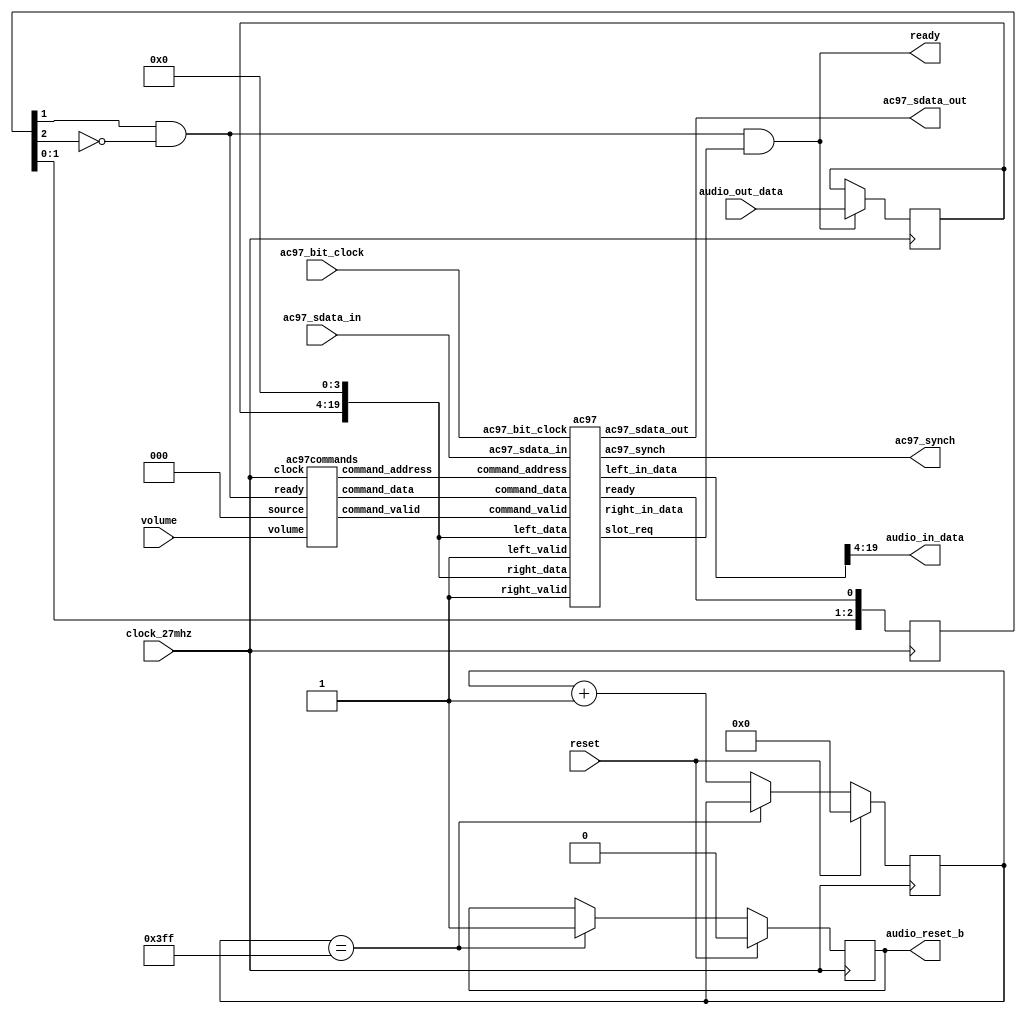
`timescale 1ns / 1ps
//////////////////////////////////////////////////////////////////////////////////
// Company:        6.111
// 
// Design Name:    AC97-PCM Interface
// Module Name:    AC97_PCM 
// Project Name:   6.111 Final Project
// Target Devices: Xilinx XC2V6000
// Tool versions:  
// Description:    An interface between the LM4550 AC '97 Audio Codec and the 
//                 48kHz PCM data stream that: 
//                 1) Assembles PCM audio output into LM4550 sdata_out frames
//                 2) Disassembles LM4550 sdata_in frames into PCM audio input
//                 3) Manages all LM4550 control signals (including headphone 
//                    volume)
//
//                 Ready (a one-clock pulse) times I/O of the PCM stream. On the 
//                 rising edge of ready, audio input is avaiable. On the falling
//                 edge of ready, audio output is latched.
//
//                 The PCM stream bit depth is 16 and sampling rate is 8kHz.
//
// Dependencies: 
//
// Revision: 
// Revision 0.01 - File Created
// Additional Comments: 
//                 Audio input will be held for at least 128 AC97 bit clocks
//                 (around 280 27MHz clocks w/ AC97 bit clock @ 12.288MHz).
//
//////////////////////////////////////////////////////////////////////////////////
module AC97_PCM(
	input wire clock_27mhz,
	input wire reset,
	input wire [4:0] volume,
	// PCM interface signals
	output wire [15:0] audio_in_data,
	input wire [15:0] audio_out_data,
	output wire ready,
	// LM4550 interface signals
	output reg audio_reset_b,
	output wire ac97_sdata_out,
	input wire ac97_sdata_in,
	output wire ac97_synch,
	input wire ac97_bit_clock
	);

	wire [7:0] command_address;
	wire [15:0] command_data;
	wire command_valid;
	wire [19:0] left_in_data, right_in_data;
	wire [19:0] left_out_data, right_out_data;

   // Wait 1024 clock cycles before enabling the LM4550
	reg [9:0] reset_count;
	always @(posedge clock_27mhz) begin
		if (reset) begin
			audio_reset_b = 1'b0;
			reset_count = 0;
		end 
		else if (reset_count == 1023)
			audio_reset_b = 1'b1;
		else
			reset_count = reset_count+1;
	end

	// Assemble/Disassemble serial frames for LM4550
	wire ac97_ready;
	wire slot_req;    // slot request for Variable Rate Audio (VRA)
	ac97 ac97(.ready(ac97_ready),
             .command_address(command_address),
             .command_data(command_data),
             .command_valid(command_valid),
             .left_data(left_out_data), .left_valid(1'b1),
             .right_data(right_out_data), .right_valid(1'b1),
             .left_in_data(left_in_data), .right_in_data(right_in_data),
				 .slot_req(slot_req),
             .ac97_sdata_out(ac97_sdata_out),
             .ac97_sdata_in(ac97_sdata_in),
             .ac97_synch(ac97_synch),
             .ac97_bit_clock(ac97_bit_clock));

	// Generate int_ready (one-clock pulse, synchronous with clock_27mhz)
	// from ac97_ready (long pulse, synchronouse with ac97_bit_clock)
	reg [2:0] ready_sync;
	wire int_ready;
	always @ (posedge clock_27mhz) 
		ready_sync <= {ready_sync[1:0], ac97_ready};
	assign int_ready = ready_sync[1] & ~ready_sync[2];
	
	// Generate ready signal taking into account LM4550 slot requests
	assign ready = int_ready & slot_req;

	// Latch audio output on falling edge of ready
	reg [15:0] out_data;
	always @ (posedge clock_27mhz)
		if (ready) out_data <= audio_out_data;
	
	// Assign audio input (16 bits)
	assign audio_in_data = left_in_data[19:4];
	
	// Assign LM4550 L/R output data signals
	assign left_out_data = {out_data, 4'h0};
	assign right_out_data = left_out_data;

   // Generate R/W control signals for LM4550
	ac97commands cmds(.clock(clock_27mhz), .ready(int_ready),
                     .command_address(command_address),
                     .command_data(command_data),
                     .command_valid(command_valid),
                     .volume(volume),
                     .source(3'b000));     // mic
endmodule

// Assemble/Disassemble serial frames for LM4550
module ac97 (
	output reg ready,
	// Commmand signals
	input wire [7:0] command_address,
	input wire [15:0] command_data,
	input wire command_valid,
	// L/R data output signals
	input wire [19:0] left_data, right_data,
	input wire left_valid, right_valid,
	// L/R data input signals
	output reg [19:0] left_in_data, right_in_data,
	output reg slot_req,
	// LM4550 Serial Interface signals
	output reg ac97_sdata_out,
	input wire ac97_sdata_in,
	output reg ac97_synch,
	input wire ac97_bit_clock
	);
	
	// Counter for bit position in frame
	reg [7:0] bit_count;

	// Latched output signals
	reg [19:0] l_cmd_addr;
	reg [19:0] l_cmd_data;
	reg [19:0] l_left_data, l_right_data;
	reg l_cmd_v, l_left_v, l_right_v;

	initial begin
		ready <= 1'b0;
		// synthesis attribute init of ready is "0";
		ac97_sdata_out <= 1'b0;
		// synthesis attribute init of ac97_sdata_out is "0";
		ac97_synch <= 1'b0;
		// synthesis attribute init of ac97_synch is "0";

		bit_count <= 8'h00;
		// synthesis attribute init of bit_count is "0000";
		l_cmd_v <= 1'b0;
		// synthesis attribute init of l_cmd_v is "0";
		l_left_v <= 1'b0;
		// synthesis attribute init of l_left_v is "0";
		l_right_v <= 1'b0;
		// synthesis attribute init of l_right_v is "0";

		left_in_data <= 20'h00000;
		// synthesis attribute init of left_in_data is "00000";
		right_in_data <= 20'h00000;
		// synthesis attribute init of right_in_data is "00000";
		
		slot_req <= 1'b0;
		// synthesis attribute init of right_in_data is "0";
	end

	// Generate basic signals
	always @(posedge ac97_bit_clock) begin
		// Generate the sync signal
		if (bit_count == 255)
			ac97_synch <= 1'b1;
		if (bit_count == 15)
			ac97_synch <= 1'b0;

		// Generate the ready signal (synchronous with ac97_bit_clock)
		if (bit_count == 128)
			ready <= 1'b1;
		if (bit_count == 2)
			ready <= 1'b0;
		
		// Update bit_count
		bit_count <= bit_count+1;
	end
	
	// Generate ac97_sdata_out from latched audio output
	always @(posedge ac97_bit_clock) begin
		if ((bit_count >= 0) && (bit_count <= 15)) begin
			// Slot 0: Tags
			case (bit_count[3:0])
				4'h0: ac97_sdata_out <= 1'b1;      // Frame valid
				4'h1: ac97_sdata_out <= l_cmd_v;   // Command address valid
				4'h2: ac97_sdata_out <= l_cmd_v;   // Command data valid
				4'h3: ac97_sdata_out <= l_left_v;  // Left data valid
				4'h4: ac97_sdata_out <= l_right_v; // Right data valid
				default: ac97_sdata_out <= 1'b0;
			endcase
		end
		else if ((bit_count >= 16) && (bit_count <= 35))
			// Slot 1: Command address (8-bits, left justified)
			ac97_sdata_out <= l_cmd_v ? l_cmd_addr[35-bit_count] : 1'b0;
		else if ((bit_count >= 36) && (bit_count <= 55))
			// Slot 2: Command data (16-bits, left justified)
			ac97_sdata_out <= l_cmd_v ? l_cmd_data[55-bit_count] : 1'b0;
		else if ((bit_count >= 56) && (bit_count <= 75)) begin
			// Slot 3: Left channel
			ac97_sdata_out <= l_left_v ? l_left_data[19] : 1'b0;
			l_left_data <= { l_left_data[18:0], l_left_data[19] };
		end
		else if ((bit_count >= 76) && (bit_count <= 95))
			// Slot 4: Right channel
			ac97_sdata_out <= l_right_v ? l_right_data[95-bit_count] : 1'b0;
		// Latch output signals at the end of each frame. This ensures that 
		// the first frame after reset will be empty.
		else if (bit_count == 255) begin
			l_cmd_addr <= {command_address, 12'h000};
			l_cmd_data <= {command_data, 4'h0};
			l_cmd_v <= command_valid;
			l_left_data <= left_data;
			l_left_v <= left_valid;
			l_right_data <= right_data;
			l_right_v <= right_valid;
			ac97_sdata_out <= 1'b0;
		end
		else
			ac97_sdata_out <= 1'b0;
	end

	// Extract audio input from ac97_sdata_in
	always @(negedge ac97_bit_clock) begin
		if ((bit_count >= 57) && (bit_count <= 76))
			// Slot 3: Left channel
			left_in_data <= { left_in_data[18:0], ac97_sdata_in };
		else if ((bit_count >= 77) && (bit_count <= 96))
			// Slot 4: Right channel
			right_in_data <= { right_in_data[18:0], ac97_sdata_in };
	end
	
	// Extract slot request bit for Variable Rate Audio (VRA)
	always @(negedge ac97_bit_clock) begin
		if (bit_count == 25)
			slot_req <= ~ac97_sdata_in;
	end
endmodule

// Generate R/W control signals for LM4550
module ac97commands (
	input wire clock,
	input wire ready,
	// Command signals
	output wire [7:0] command_address,
	output wire [15:0] command_data,
	output reg command_valid,
	// Other signals
	input wire [4:0] volume,
	input wire [2:0] source
	);
	
	// Create command register & state
	reg [23:0] command;
	reg [3:0] state;

	// Assign command signal outputs
	assign command_address = command[23:16];
	assign command_data = command[15:0];
	
	initial begin
		command <= 24'h00_0000;
		// synthesis attribute init of command is "00_0000";
		command_valid <= 1'b0;
		// synthesis attribute init of command_valid is "0";
		state <= 4'h0;
		// synthesis attribute init of state is "0";
	end

	// Convert volume to attentuation
	wire [4:0] vol;
	assign vol = 5'd31 - volume;

	// Update state and command vars
	always @(posedge clock) begin
		// Increment state
		if (ready) state <= state+1;
		
		// Set command
		case (state)
			4'h0: begin // Read reset register (7'h00)
				command <= 24'h80_0000;
				command_valid <= 1'b1;
			end
			4'h1: // Read reset register (7'h00)
				command <= 24'h80_0000;
			4'h2: // Set Variable Rate Audio (7'h2A) LSB to 1
				command <= 24'h2A_0001;
			4'h3: // Set PCM DAC Sampling rate (7'h2C) to 8kHz
				command <= 24'h2C_1F40;
			4'h4: // Set PCM ADC Sampling rate (7'h32) to 8kHz
				command <= 24'h32_1F40;
			4'h5: // Set headphone volume (7'h04) on both L/R to vol
				command <= { 8'h04, 3'b000, vol, 3'b000, vol };
			4'h6: // Set PCM output volume (7'h18) on both L/R to 6dB gain
				command <= 24'h18_0808;
			4'h7: // Set record select (7'h1A) to source (mic)
				command <= { 8'h1A, 5'b00000, source, 5'b00000, source};
			4'h8: // Set record gain (7'h1C) to max (22.5dB gain)
				command <= 24'h1C_0F0F;
			4'h9: // Set mic volume (7'h0E) bit 6 for 20dB boost amplifier
				command <= 24'h0E_8048;
			4'hA: // Set PC beep volume (7'h0A) to 0dB attentuation
				command <= 24'h0A_0000;
			4'hB: // Set general purpose register (7'h20) so that:
			      //  * PCM output bypasses 3D circuitry
					//  * National 3D Sound is off
					//  * mic1 is selected
					//  * No ADC/DAC loopback
				command <= 24'h20_8000;
			default:
				command <= 24'h80_0000;
		endcase
	end
endmodule